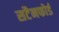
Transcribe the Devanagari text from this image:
सटैनफोर्ड